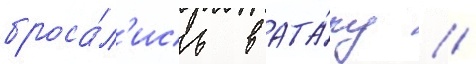
броса́л'ись в ата́ку //